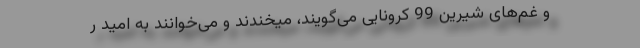
و غم‌های شیرین 99 کرونایی می‌گویند، میخندند و می‌خوانند به امید ر